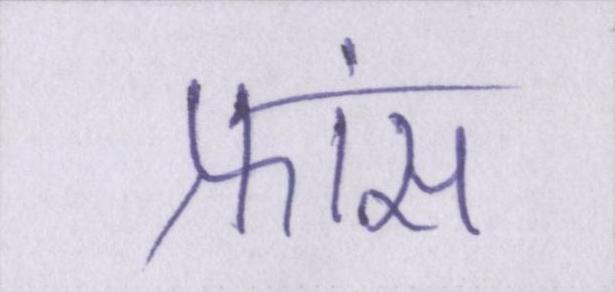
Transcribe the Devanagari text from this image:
फ्रांस